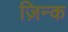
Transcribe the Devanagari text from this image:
ज़िन्क